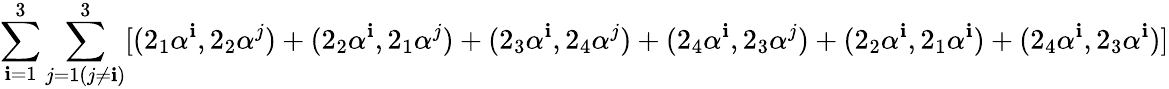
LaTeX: \sum_{\mathbf{i}=1}^{3}\sum_{j=1(j\neq\mathbf{i})}^{3}[(2_{1}\alpha^{\mathbf{i}},2_{2}\alpha^{j})+(2_{2}\alpha^{\mathbf{i}},2_{1}\alpha^{j})+(2_{3}\alpha^{\mathbf{i}},2_{4}\alpha^{j})+(2_{4}\alpha^{\mathbf{i}},2_{3}\alpha^{j})+(2_{2}\alpha^{\mathbf{i}},2_{1}\alpha^{\mathbf{i}})+(2_{4}\alpha^{\mathbf{i}},2_{3}\alpha^{\mathbf{i}})]